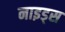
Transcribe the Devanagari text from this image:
नाइड्स